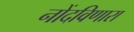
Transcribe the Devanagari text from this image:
नोंदविणारा